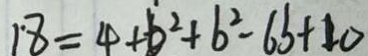
1 8 = 4 + b ^ { 2 } + b ^ { 2 } - 6 b + 1 0